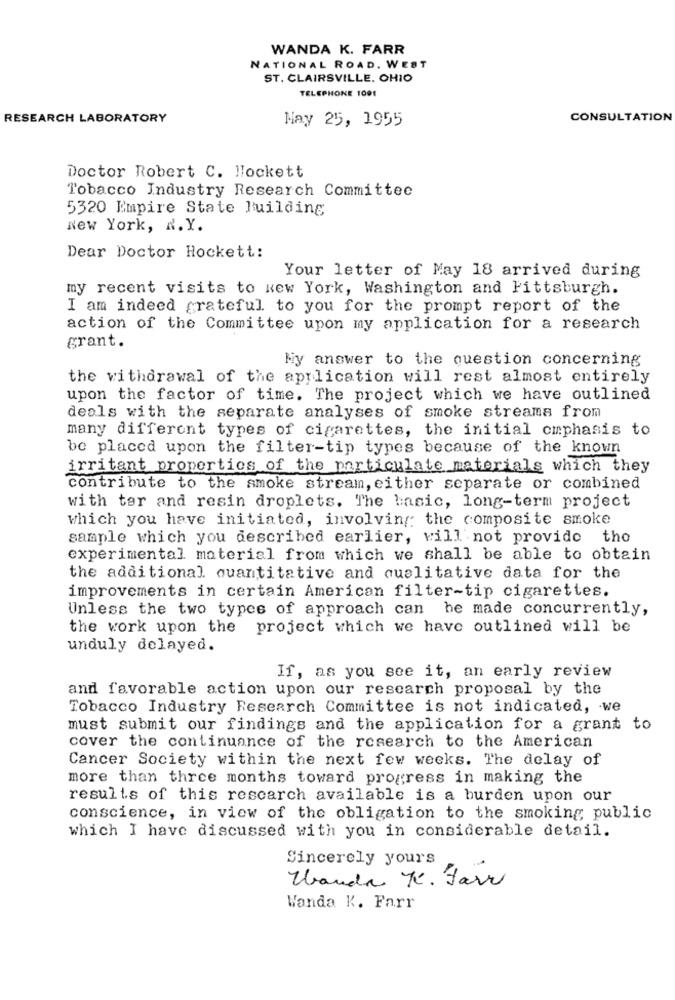
WANDA K. FARR
NATIONAL ROAD. WEST
ST. CLAIRSVILLE. OHIO
TELEPHONE 1001
RESEARCH LABORATORY
May 25, 1955
CONSULTATION
Doctor Robert C. Wockett
Tobacco Industry Research Committee
5320 Empire State Building
New York, N. Y.
Dear Doctor Hockett:
Your letter of May 18 arrived during
my recent visits to New York, Washington and Pittsburgh.
I am indeed grateful to you for the prompt report of the
action of the Committee upon my application for a research
grant.
My answer to the question concerning
the withdrawal of the application will rest almost entirely
upon the factor of time. The project which we have outlined
deals with the separate analyses of smoke streama from
many different types of cigarettes, the initial emphasis to
be placed upon the filter-tip types because of the known
irritant properties of the particulate materials which they
contribute to the smoke stream, either separate or combined
with tor and resin droplets. The basic, long-term project
which you have initiated, involving the composite smoke
sample which you described earlier, will not provide the
experimental material from which we shall be able to obtain
the additional quantitative and qualitative data for the
improvements in certain American filter-tip cigarettes.
Unless the two types of approach can he made concurrently,
the work upon the project which we have outlined will be
unduly delayed.
If, as you see it, an early review
and favorable action upon our research proposal by the
Tobacco Industry Research Committee is not indicated, we
must submit our findings and the application for a grant to
cover the continuance of the research to the American
Cancer Society within the next few weeks. The delay of
more than three months toward progress in making the
results of this rescarch available is a burden upon our
conscience, in view of the obligation to the smoking public
which I have discussed with you in considerable detail.
Sincerely yours
Wanda K. Farr
Wanda K. Farr